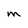
Character: M